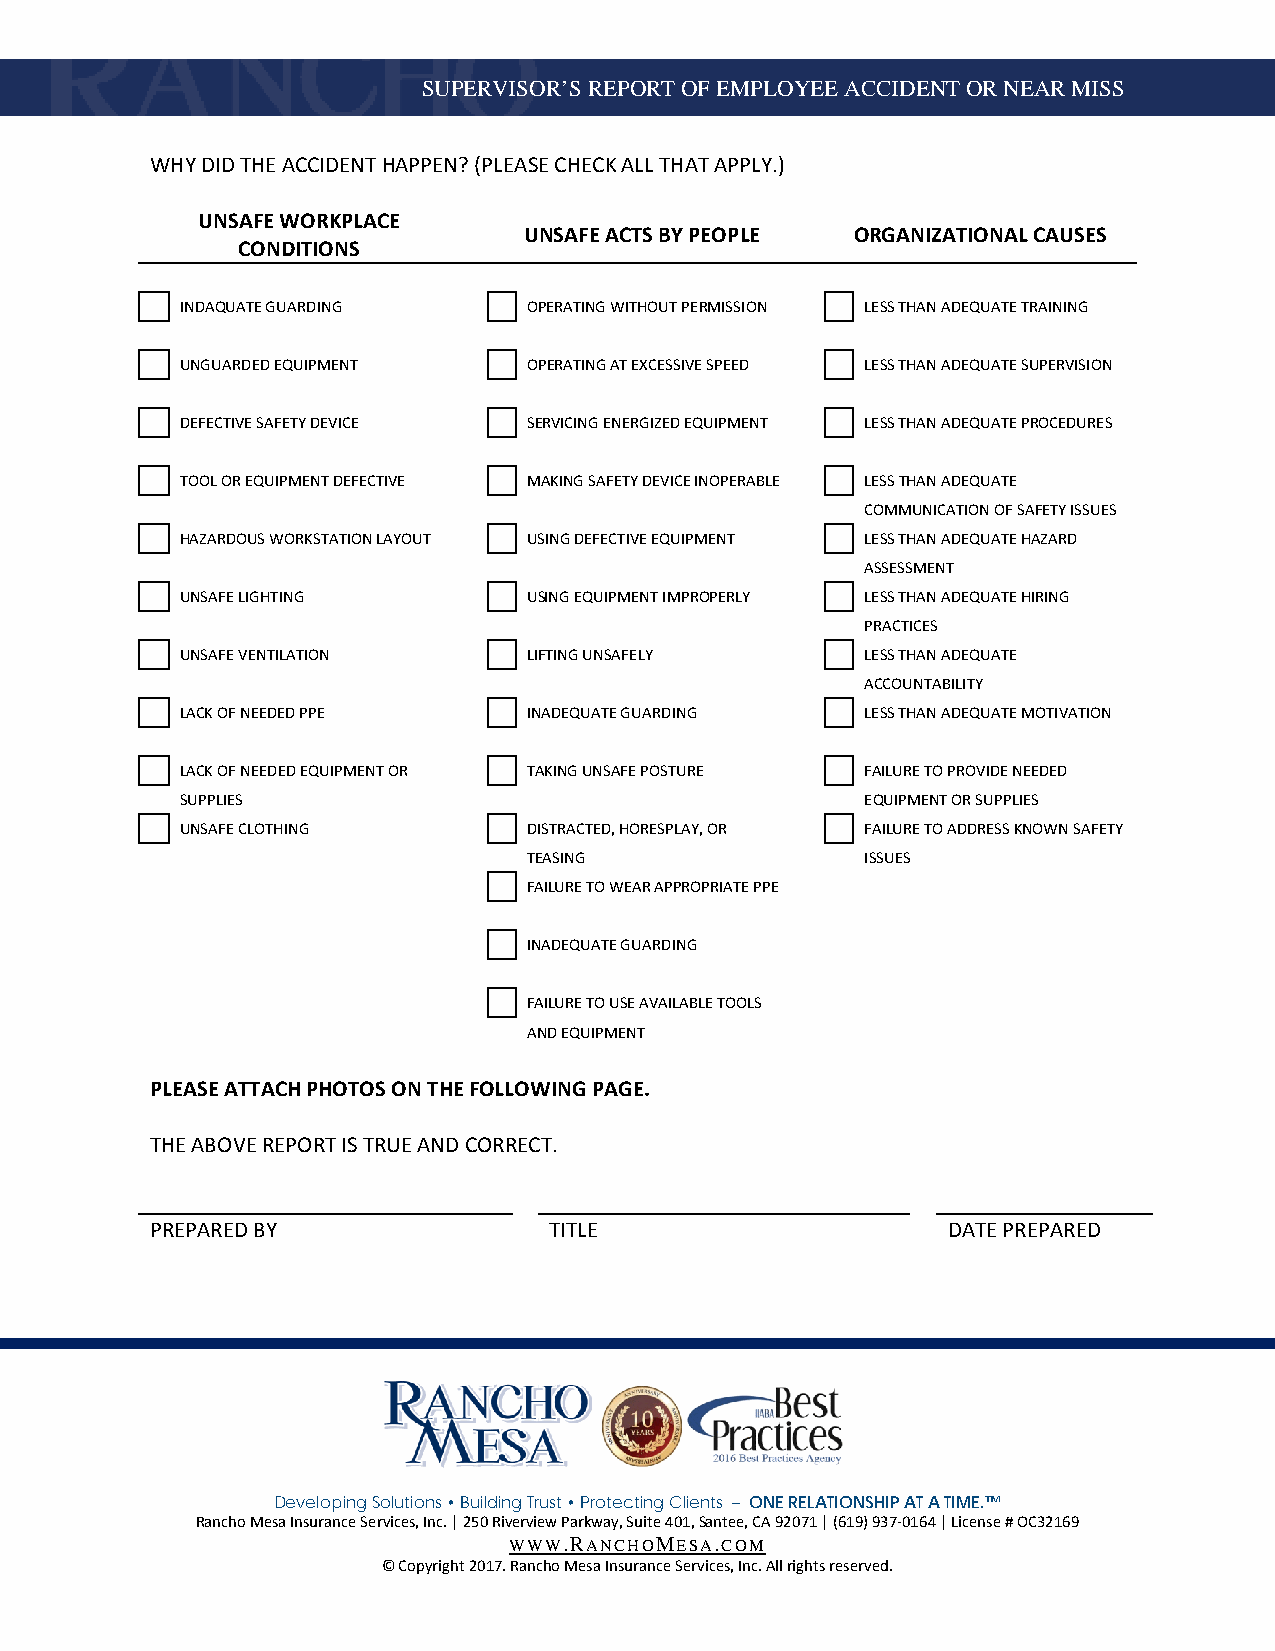
SUPERVISOR’S REPORT OF EMPLOYEE ACCIDENT OR NEAR MISS
 WHY DID THE ACCIDENT HAPPEN? (PLEASE CHECK ALL THAT APPLY.)
 UNSAFE WORKPLACE
 UNSAFE ACTS BY PEOPLE ORGANIZATIONAL CAUSES
 CONDITIONS
 INDAQUATE GUARDING     OPERATING WITHOUT PERMISSION LESS THAN ADEQUATE TRAINING
 UNGUARDED EQUIPMENT    OPERATING AT EXCESSIVE SPEED LESS THAN ADEQUATE SUPERVISION
 DEFECTIVE SAFETY DEVICE SERVICING ENERGIZED EQUIPMENT LESS THAN ADEQUATE PROCEDURES
 TOOL OR EQUIPMENT DEFECTIVE MAKING SAFETY DEVICE INOPERABLE LESS THAN ADEQUATE
 COMMUNICATION OF SAFETY ISSUES
 HAZARDOUS WORKSTATION LAYOUT USING DEFECTIVE EQUIPMENT LESS THAN ADEQUATE HAZARD
 ASSESSMENT
 UNSAFE LIGHTING        USING EQUIPMENT IMPROPERLY LESS THAN ADEQUATE HIRING
 PRACTICES
 UNSAFE VENTILATION     LIFTING UNSAFELY      LESS THAN ADEQUATE
 ACCOUNTABILITY
 LACK OF NEEDED PPE     INADEQUATE GUARDING   LESS THAN ADEQUATE MOTIVATION
 LACK OF NEEDED EQUIPMENT OR TAKING UNSAFE POSTURE FAILURE TO PROVIDE NEEDED
 SUPPLIES                                     EQUIPMENT OR SUPPLIES
 UNSAFE CLOTHING        DISTRACTED, HORESPLAY, OR FAILURE TO ADDRESS KNOWN SAFETY
 TEASING               ISSUES
 FAILURE TO WEAR APPROPRIATE PPE
 INADEQUATE GUARDING
 FAILURE TO USE AVAILABLE TOOLS
 AND EQUIPMENT
 PLEASE ATTACH PHOTOS ON THE FOLLOWING PAGE.
 THE ABOVE REPORT IS TRUE AND CORRECT.
 PREPARED BY               TITLE                      DATE PREPARED
 Developing Solutions • Building Trust • Protecting Clients – ONE RELATIONSHIP AT A TIME.™
 Rancho Mesa Insurance Services, Inc. | 250 Riverview Parkway, Suite 401, Santee, CA 92071 | (619) 937-0164 | License # OC32169
 WWW.RANCHOMESA.COM
 © Copyright 2017. Rancho Mesa Insurance Services, Inc. All rights reserved.